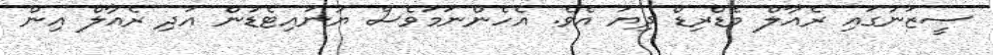
ސީޒަނުގައި ރެއާލް މެޑްރިޑް ދިޔަ އެވެ. އެހެންނަމަވެސް ޔުނައިޓެޑުން އަދި ރެއާލް އިން